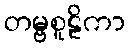
တမ္ဗစူဠိကာ